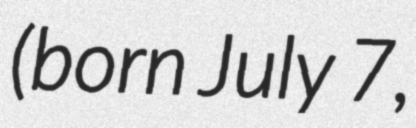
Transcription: (born July 7,